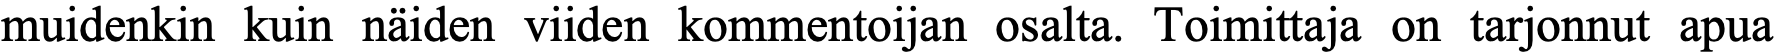
muidenkin kuin näiden viiden kommentoijan osalta. Toimittaja on tarjonnut apua